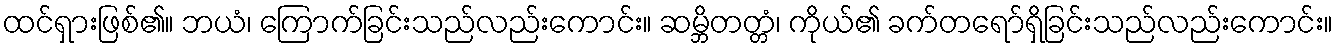
ထင်ရှားဖြစ်၏။ ဘယံ၊ ကြောက်ခြင်းသည်လည်းကောင်း။ ဆမ္ဘိတတ္တံ၊ ကိုယ်၏ ခက်တရော်ရှိခြင်းသည်လည်းကောင်း။